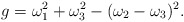
\begin{align*}g = \omega^{2}_{1} + \omega^{2}_{3} -(\omega_{2} - \omega_{3})^{2}.\end{align*}